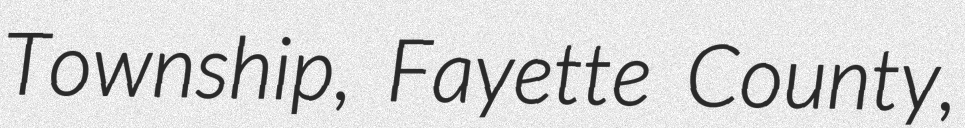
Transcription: Township, Fayette County,